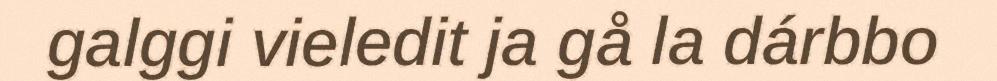
galggi vieledit ja gå la dárbbo